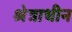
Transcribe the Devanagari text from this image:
श्रेत्राधीन